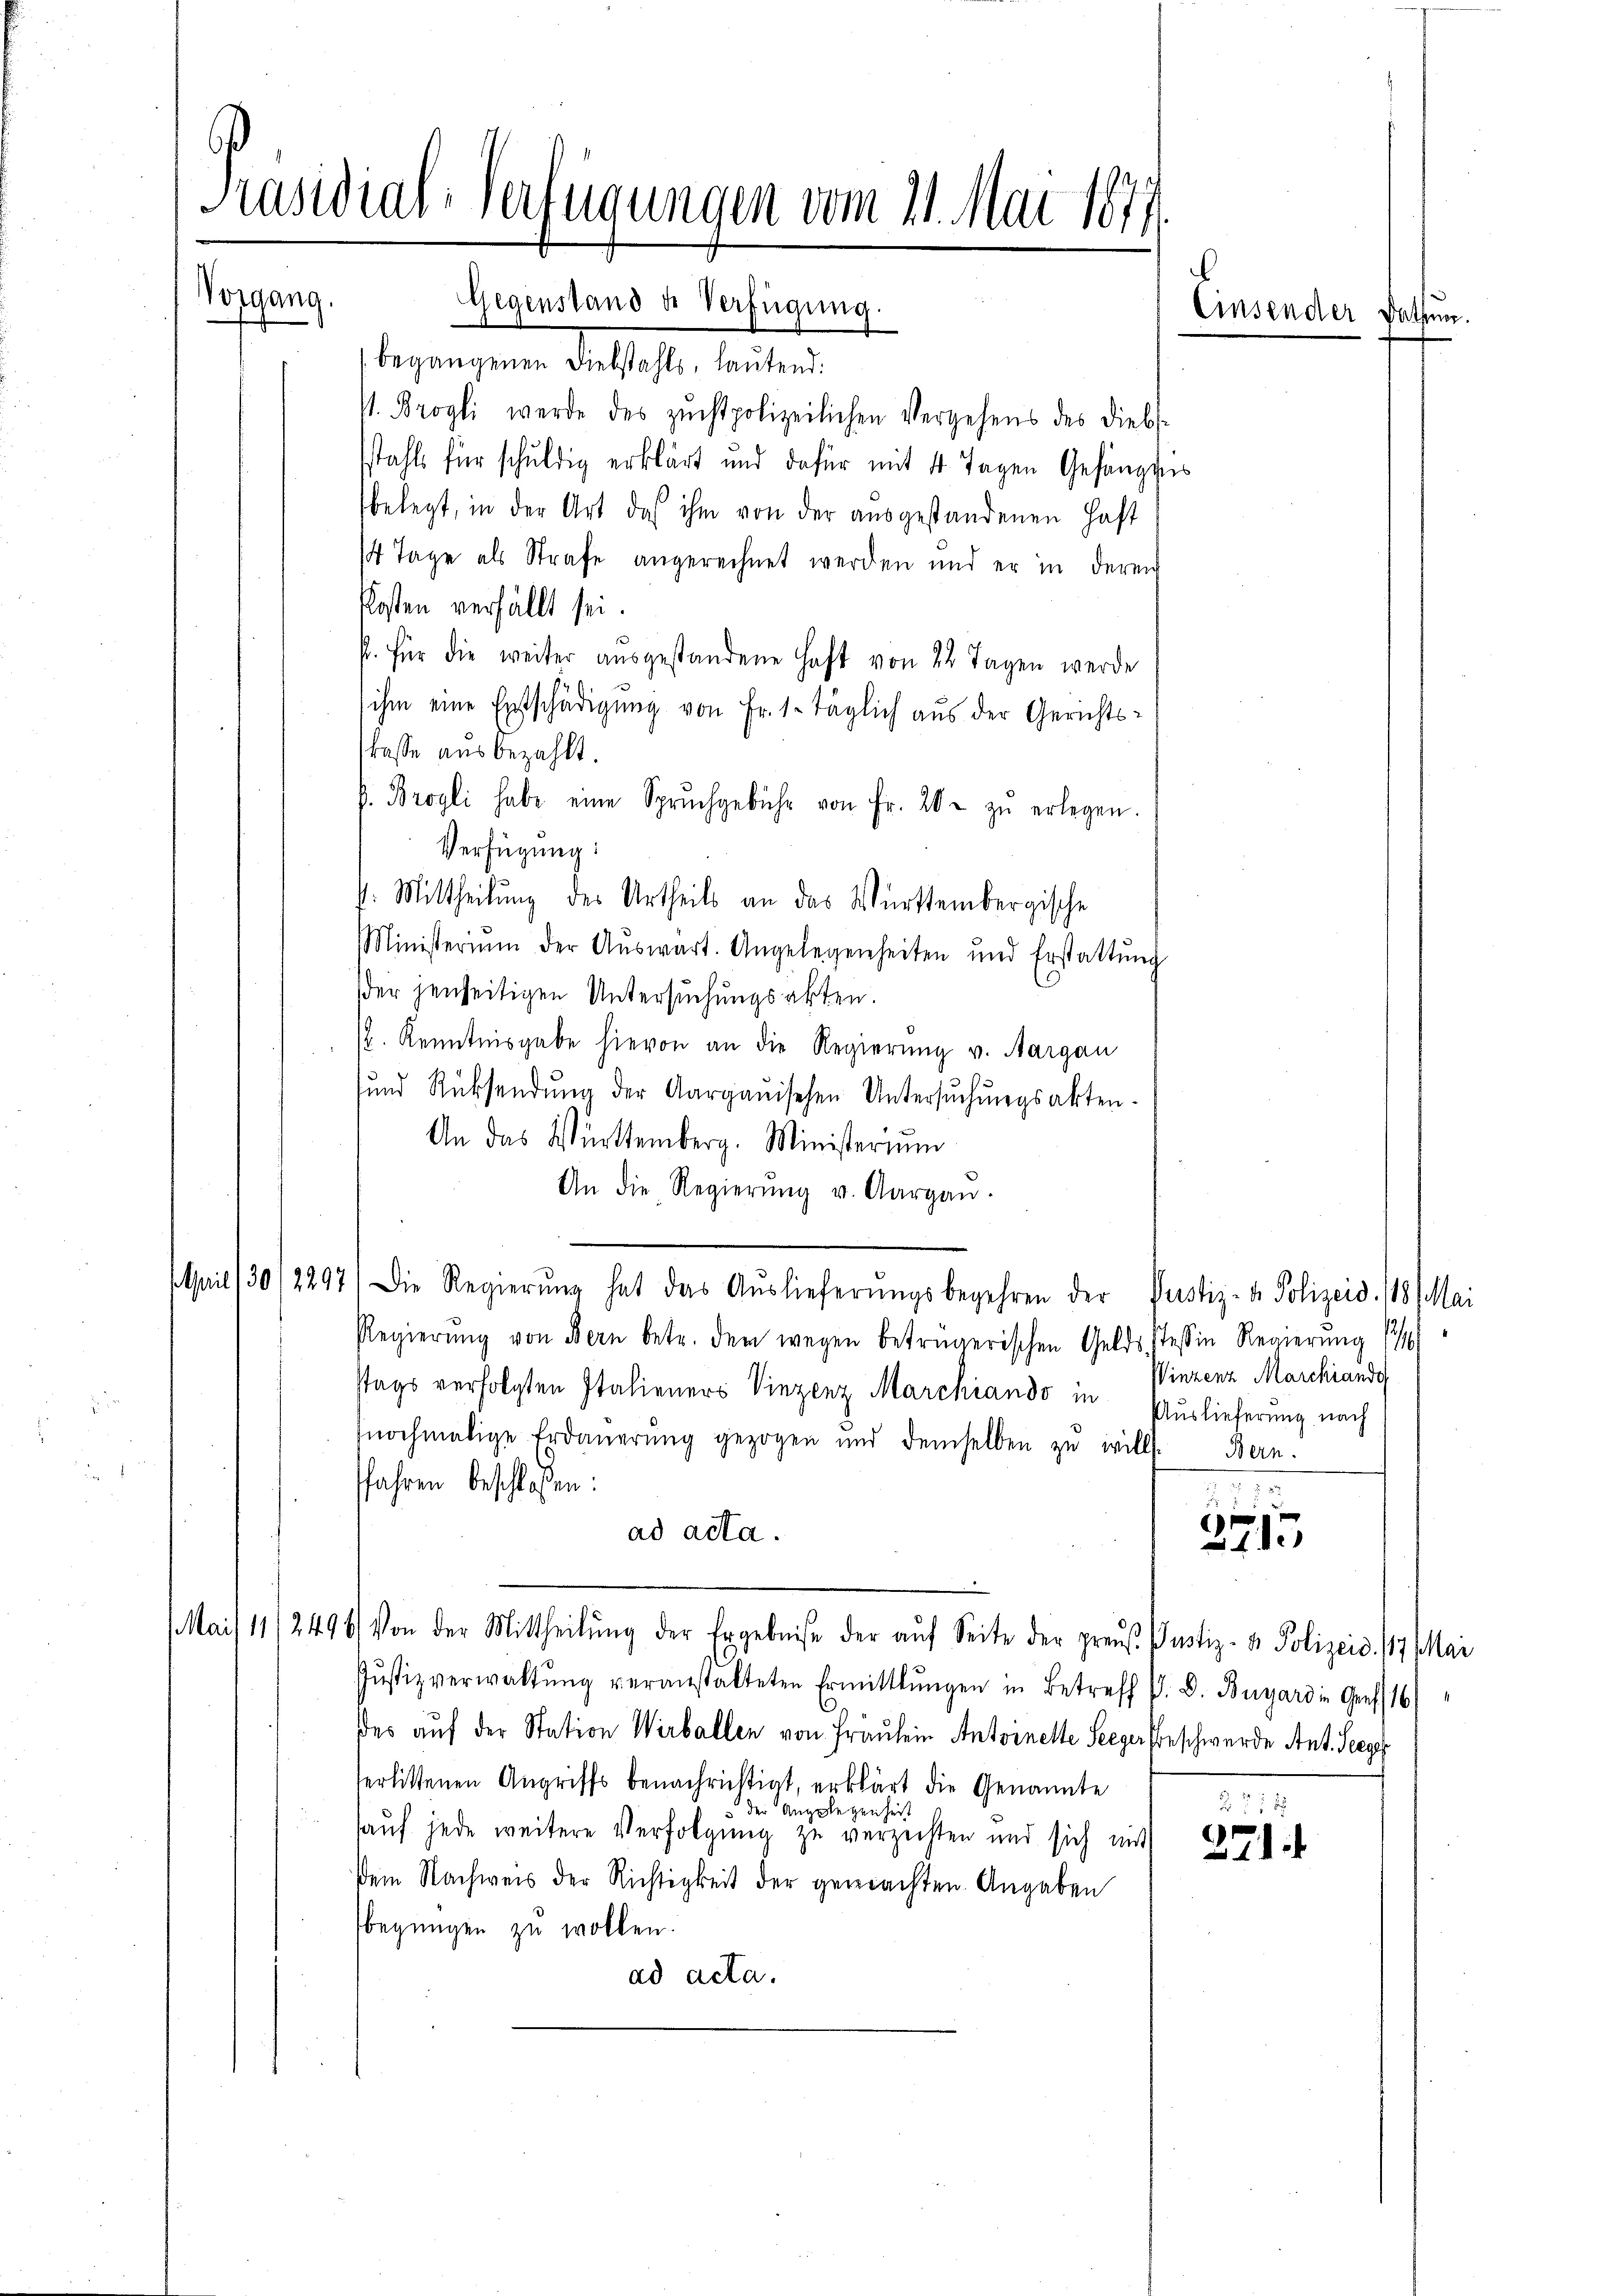
V. Brogli werde des zŭchtpolizeilichen Vergehens des Diebst
stahls für schuldig erklärt und dafür mit 4 Tagen Gefängnis
belegt, in der Art das ihm von der ausgestandenen Haft
14 Tage als Strafe angerechnet werden und er in deren
Kosten verfällt sei.
s. Für die weiter aŭsgestandene Haft von 22 Tagen werde
ihm eine Entschädigung von Fr. 1. täglich aus der Gerichts-
kasse aus bezahlt.
f. Brogli habe eine Spruchgebühr von Fr. 20. zŭ erlegen.
Verfügung:
V. Mittheilung des Urtheils an das Württembergische
Ministerium der Aŭswart. Angelegenheiten und Erstattŭng
der jenseitigen Untersuchungsakten.
/. Kenntnisgabe hievon an die Regierung v. Aargau
sund Rücksendŭng der Aargauischen Untersŭchŭngsakten.
An das Württemberg. Ministerium
An die Regierŭng v. Aargaŭ.
April (30/2297) Die Regierŭng hat das Aŭslieferŭngsbegehren der Pustiz- & Polizeid. 118 Mai
Regierŭng von Bern betr. dem wegen betrügerischen Gelds Tessin Regierung 17
stags verfolgten Italieners Vinzenz Marchiando in Auslieferung nach
nochmalige Erdauerung gezogen und demselben zu will. Bern.
fahren beschlossen:
ad acta.
Mai/ 11/2496) Von der Mittheilŭng der Ergebniße der aŭf Seite der preus Justiz- & Polizeis. 17 Mai
Jŭstizverwaltŭng veranstalteten Ermittlungen in Betreff V. B. Bugard in Genf 16/
des auf der Station Werballen von Fräulein Antoinelle Seeger Beschwerde Ant. Seege
serlittenen Angriffs benachrichtigt, erklärt die Genannte
der Angelegenheit.
auf jede weitere Verfolgung zu verzeichten und sich mit
dem Nachweis der Richtigkeit der gemachten Angaben
begnügen zu wollen.
ad acta.

Präsidial-Verfügungen vom 21. Mai 1877.
Vorgang.
Gegenstand u. Verfügung.
begangenen Diebstahls, lautend:

Einsender Dathun.

Winzenz Marchiando

1
2715

§ 512
271.